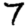
Digit: 7